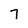
Character: 7